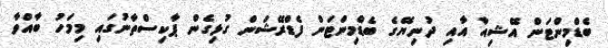
ބެޑްމިންޓަން އޭޝިއާ އާއި ދުނިޔޭގެ ބެޑްމިންޓަން ފެޑްރޭޝަން ގުޅިގެން ޕާކިސްތާނުގައި މިމަހު ބާއްވާ